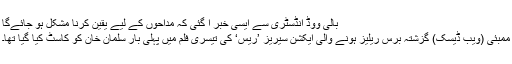
بالی ووڈ انڈسٹری سے ایسی خبر آ گئی کہ مداحوں کے لیے یقین کرنا مشکل ہو جائےگا
ممبئی (ویب ڈیسک) گزشتہ برس ریلیز ہونے والی ایکشن سیریز ’ریس‘ کی تیسری فلم میں پہلی بار سلمان خان کو کاسٹ کیا گیا تھا۔